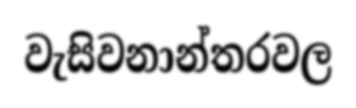
වැසිවනාන්තරවල